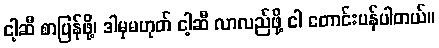
ငါ့ဆီ စာပြန်ဖို့၊ ဒါမှမဟုတ် ငါ့ဆီ လာလည်ဖို့ ငါ တောင်းပန်ပါတယ်။